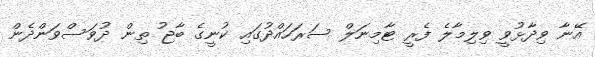
އޭނާ ވިދާޅުވީ ވިލިމާލެ ފެރީ ޓާމިނަލް ސަރަހައްދުގައި ކުނީގެ ބާޖު ތިން ދުވަސްވަންދެން